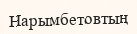
Нарымбетовтың